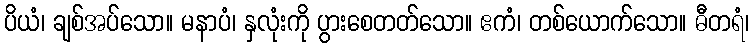
ပိယံ၊ ချစ်အပ်သော။ မနာပံ၊ နှလုံးကို ပွားစေတတ်သော။ ဧကံ၊ တစ်ယောက်သော။ ဓီတရံ၊